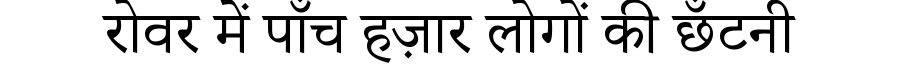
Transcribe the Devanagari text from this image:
रोवर में पाँच हज़ार लोगों की छँटनी